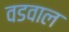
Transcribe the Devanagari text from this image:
वडवाल